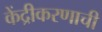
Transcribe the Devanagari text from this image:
केंद्रीकरणाची